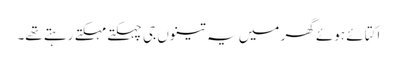
اکتائے ہوئے گھر میں یہ تینوں جی چہکتے مہکتے رہتے تھے۔